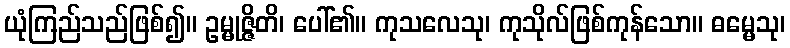
ယုံကြည်သည်ဖြစ်၍။ ဥမ္မုဇ္ဇိတိ၊ ပေါ်၏။ ကုသလေသု၊ ကုသိုလ်ဖြစ်ကုန်သော။ ဓမ္မေသု၊